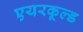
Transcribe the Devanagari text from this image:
एयरकूल्ड